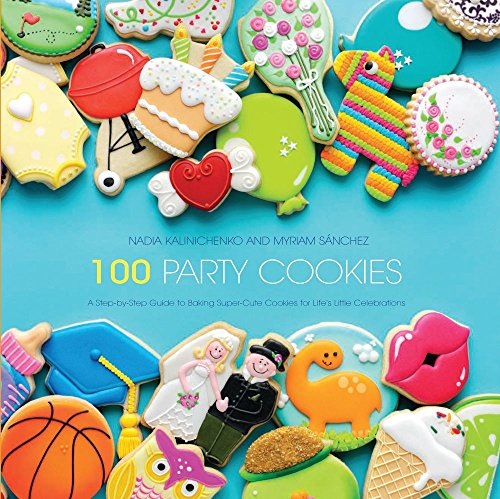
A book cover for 100 Party Cookies: A Step-by-Step Guide to Baking Super-Cute Cookies for Life's Little Celebrations; Nadia Kalinichenko; Cookbooks, Food & Wine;